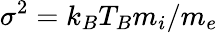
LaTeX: \sigma^{2}=k_{B}T_{B}m_{i}/m_{e}